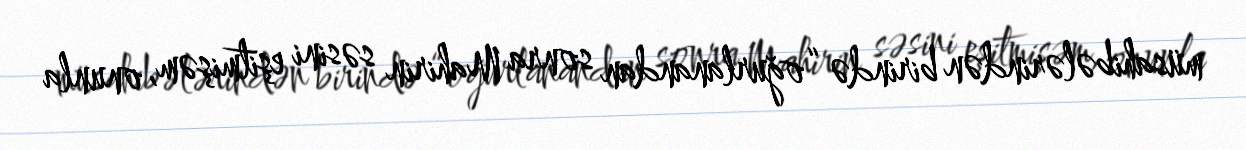
müsahibələrindən birində “oğurlanandan sonra Mahirin səsini eşitmişəm, onunla